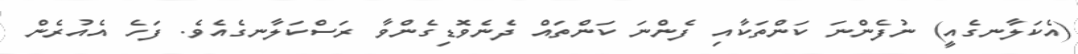
(އެކަލާނގެއީ) ނުފެންނަ ކަންތަކާއި ފެންނަ ކަންތައް ދެނެވޮޑިގެންވާ ރަސްކަލާނގެއެވެ. ފަހެ އެއުރެން